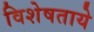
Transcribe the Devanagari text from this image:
विशेषताये